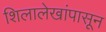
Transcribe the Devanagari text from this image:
शिलालेखांपासून